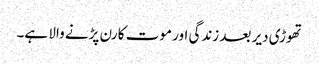
تھوڑی دیر بعد زندگی اور موت کا رن پڑنے والا ہے۔